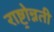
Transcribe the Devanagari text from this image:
राष्ट्रोन्नती